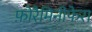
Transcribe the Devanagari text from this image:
फ़ोरैमिनीफेरा